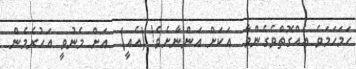
ހަމަހަމަވެ އެއްގޮތްވެގެންވާ  އަކަށް އަންނާށެވެ! (އެއީ)  އަށް މެނުވީ އަހުރެމެން